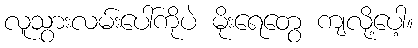
လူသွားလမ်းပေါ်ကိုပဲ မိုးရေတွေ ကျလို့ပေါ့။